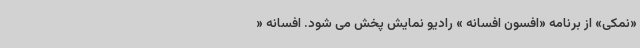
«نمکی» از برنامه «افسون افسانه » رادیو نمایش پخش می شود. افسانه «